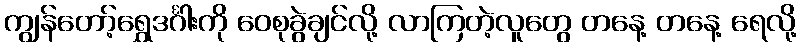
ကျွန်တော့်ရွှေဒင်္ဂါးကို ဝေစုခွဲချင်လို့ လာကြတဲ့လူတွေ တနေ့ တနေ့ ရေလို့